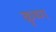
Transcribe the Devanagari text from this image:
कृष्‍ण्‍ा